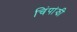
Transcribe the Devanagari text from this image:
चिंपांझी